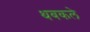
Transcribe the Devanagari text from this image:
थबकले